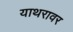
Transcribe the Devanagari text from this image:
याथरावर